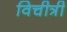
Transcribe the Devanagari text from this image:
विचीत्री